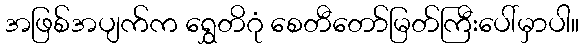
အဖြစ်အပျက်က ရွှေတိဂုံ စေတီတော်မြတ်ကြီးပေါ်မှာပါ။